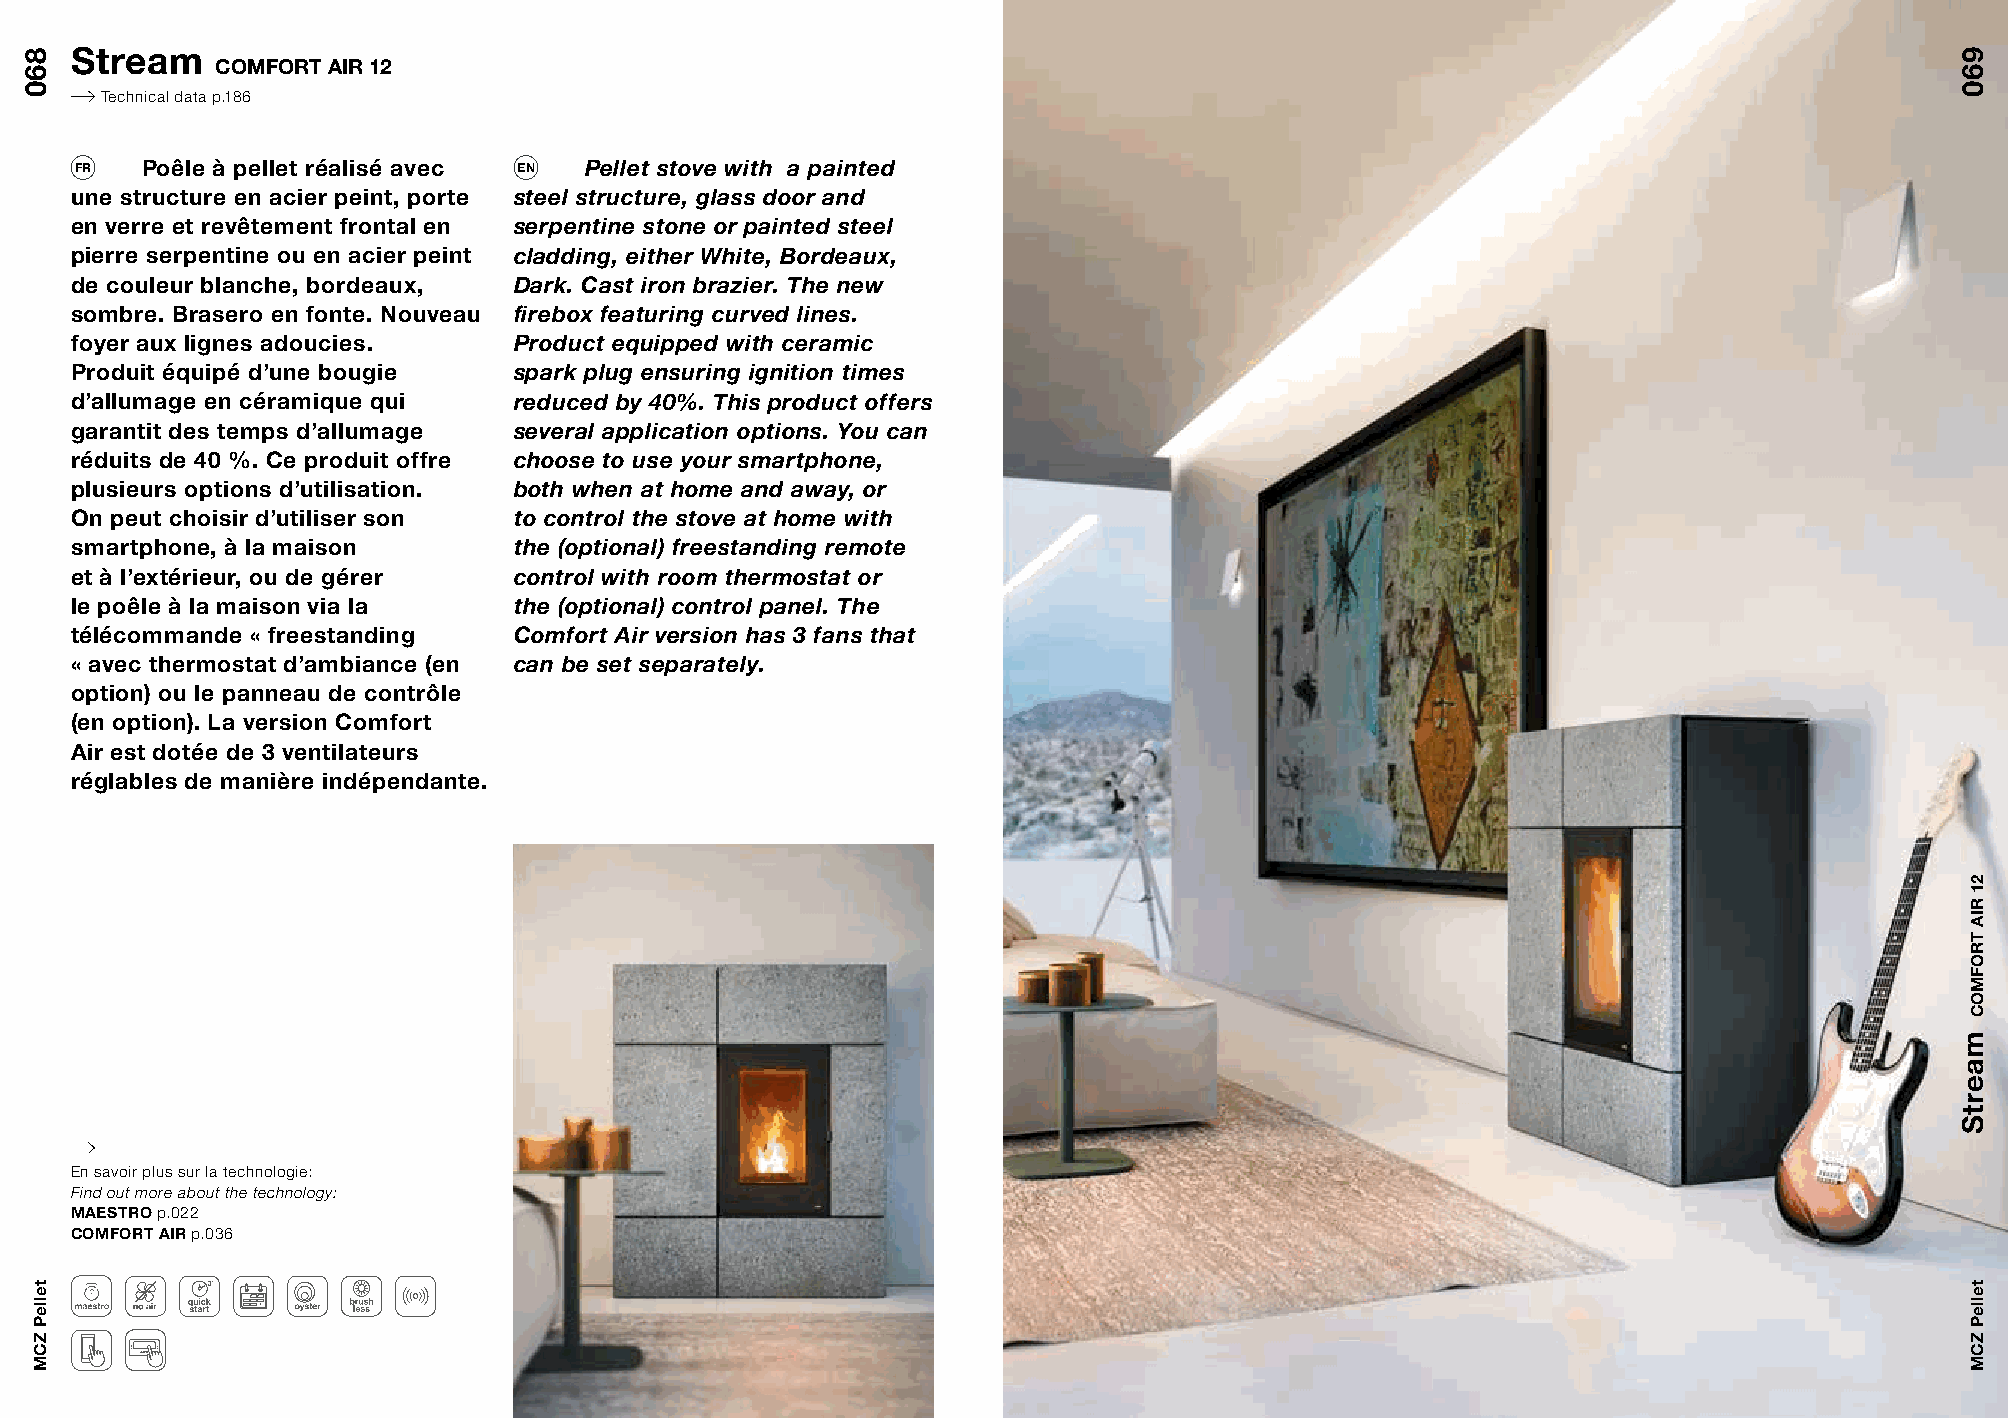
Stream
 COMFORT AIR 12
 Technical data p.186
 FR  Poêle à pellet réalisé avec EN Pellet stove with a painted
 une structure en acier peint, porte steel structure, glass door and
 en verre et revêtement frontal en serpentine stone or painted steel
 pierre serpentine ou en acier peint cladding, either White, Bordeaux,
 de couleur blanche, bordeaux, Dark. Cast iron brazier. The new
 sombre. Brasero en fonte. Nouveau firebox featuring curved lines.
 foyer aux lignes adoucies.   Product equipped with ceramic
 Produit équipé d’une bougie  spark plug ensuring ignition times
 d’allumage en céramique qui  reduced by 40%. This product offers
 garantit des temps d’allumage several application options. You can
 réduits de 40 %. Ce produit offre choose to use your smartphone,
 plusieurs options d’utilisation. both when at home and away, or
 On peut choisir d’utiliser son to control the stove at home with
 smartphone, à la maison      the (optional) freestanding remote
 et à l’extérieur, ou de gérer control with room thermostat or
 le poêle à la maison via la  the (optional) control panel. The
 télécommande « freestanding  Comfort Air version has 3 fans that
 « avec thermostat d’ambiance (en can be set separately.
 option) ou le panneau de contrôle
 (en option). La version Comfort
 Air est dotée de 3 ventilateurs
 réglables de manière indépendante.
 En savoir plus sur la technologie:
 Find out more about the technology:
 MAESTRO p.022
 COMFORT AIR p.036
 860
 telleP
 ZCM
 960
 maertS
 21
 RIA
 TROFMOC
 telleP
 ZCM